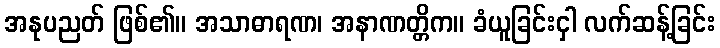
အနုပညတ် ဖြစ်၏။ အသာဓာရဏ၊ အနာဏတ္တိက။ ခံယူခြင်းငှါ လက်ဆန့်ခြင်း